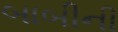
બાબીની